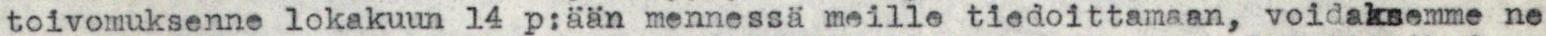
toivomuksenne lokakuun 14 p:ään mennessä meille tiedoittamaan, voidaksemme ne